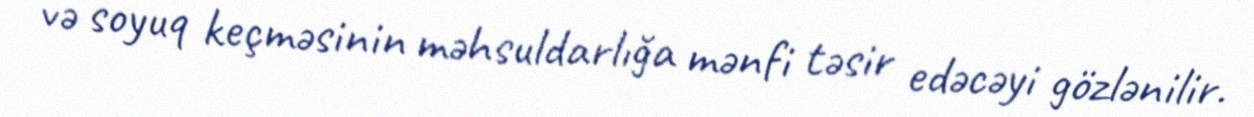
və soyuq keçməsinin məhsuldarlığa mənfi təsir edəcəyi gözlənilir.